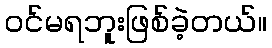
ဝင်မရဘူးဖြစ်ခဲ့တယ်။